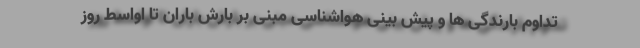
تداوم بارندگی ها و پیش بینی هواشناسی مبنی بر بارش باران تا اواسط روز